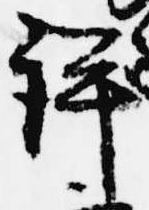
評